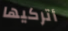
أتركيها